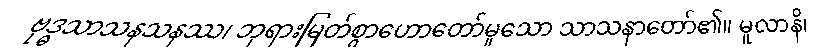
ဗုဒ္ဓသာသနသနဿ၊ ဘုရားမြတ်စွာဟောတော်မူသော သာသနာတော်၏။ မူလာနိ၊